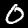
Label: 0